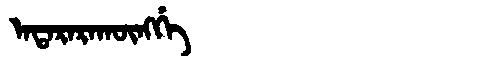
Manchu: ᠠᡨᠠᡵᠠᡵᠠᡴᡡᠩᡤᡝ
Romanization: ATARARAKŪNGGE